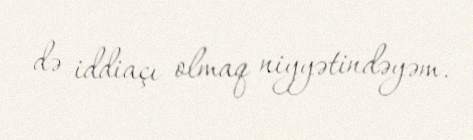
də iddiaçı olmaq niyyətindəyəm.